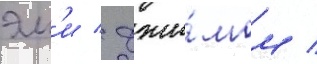
эм'и / джи́мом /